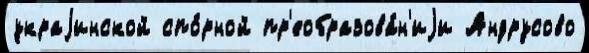
украjинской спо́рной пр'еобразова́н'иjи Андрусово